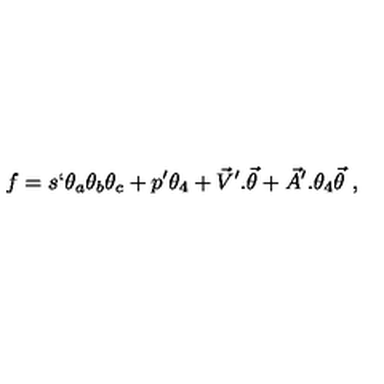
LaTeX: f = s ` \theta _ { a } \theta _ { b } \theta _ { c } + p ^ { \prime } \theta _ { 4 } + { \vec { V } } ^ { \prime } . { \vec { \theta } } + { \vec { A } } ^ { \prime } . \theta _ { 4 } { \vec { \theta } } \ ,